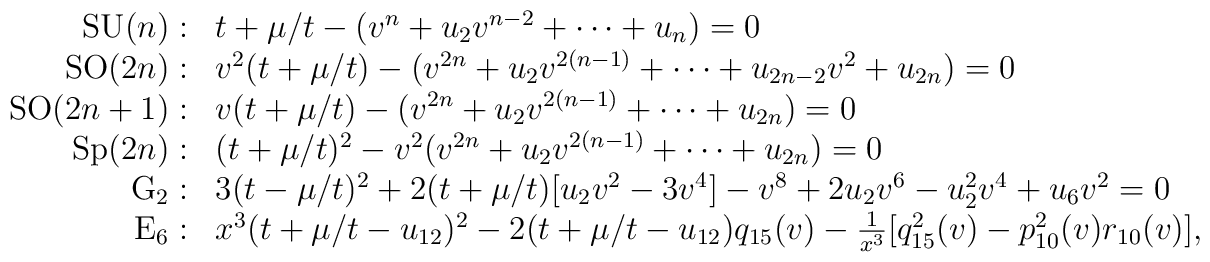
\begin{array}{rl}{\rm SU}(n):& 	   t+\mu/t -(v^{n}+u_2 v^{n-2} +\cdots +u_{n})=0\nonumber\\{\rm SO}(2n):&   	    v^2(t+\mu/t) -(v^{2n} +u_2 v^{2(n-1)}+ \cdots 			+u_{2n-2} v^2 +u_{2n}) =0 \nonumber\\{\rm SO}(2n+1):& v(t+\mu/t) -(v^{2n} +u_2 v^{2(n-1)} +			\cdots + u_{2n})=0\nonumber\\{\rm Sp}(2n):&   (t+\mu/t)^2 - v^2(v^{2n} +u_2 v^{2(n-1)} +\cdots			 +u_{2n})=0 \\{\rm G}_2:&     3(t-\mu/t)^2 +2(t+\mu/t)[u_2v^2-3v^4] -v^8 +2u_2v^6- u_2^2 v^4+  u_6 v^2=0\nonumber\\{\rm E}_6:& x^3(t+\mu/t -u_{12})^2 - 2(t+\mu/t -u_{12}) q_{15}(v) - \frac{1}{ x^3}[q_{15}^2(v) - p_{10}^2(v) r_{10}(v)],\nonumber\end{array}